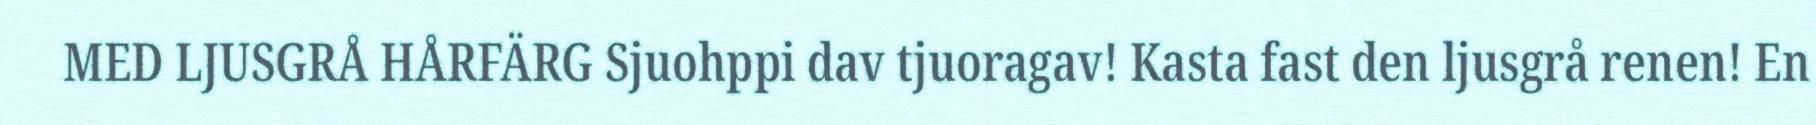
MED LJUSGRÅ HÅRFÄRG Sjuohppi dav tjuoragav! Kasta fast den ljusgrå renen! En